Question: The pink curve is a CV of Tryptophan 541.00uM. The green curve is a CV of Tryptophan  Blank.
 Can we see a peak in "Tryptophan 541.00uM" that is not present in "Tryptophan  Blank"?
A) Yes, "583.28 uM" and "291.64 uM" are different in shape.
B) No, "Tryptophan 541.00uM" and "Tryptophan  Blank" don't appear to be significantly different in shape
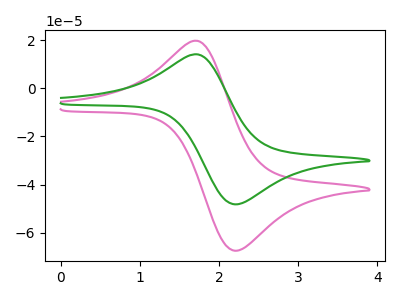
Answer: <think>The pink curve "Tryptophan 541.00uM" has an anodic peak at (1.75V, 19.65uA) and a cathodic peak at (2.20V, -67.45uA). The green curve "Tryptophan  Blank" has an anodic peak at (1.75V, 14.05uA) and a cathodic peak at (2.20V, -48.20uA).
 All the peaks in "Tryptophan 541.00uM" have a peak in "Tryptophan  Blank" at the same potential. Every peak in "Tryptophan 541.00uM" is higher than every peak in "Tryptophan  Blank".</think>
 <answer>B) No, "Tryptophan 541.00uM" and "Tryptophan  Blank" don't appear to be significantly different in shape</answer>
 <eval>B</eval>